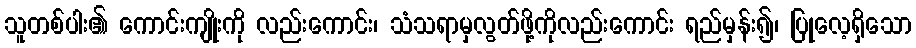
သူတစ်ပါး၏ ကောင်းကျိုးကို လည်းကောင်း၊ သံသရာမှလွတ်ဖို့ကိုလည်းကောင်း ရည်မှန်း၍၊ ပြုလေ့ရှိသော